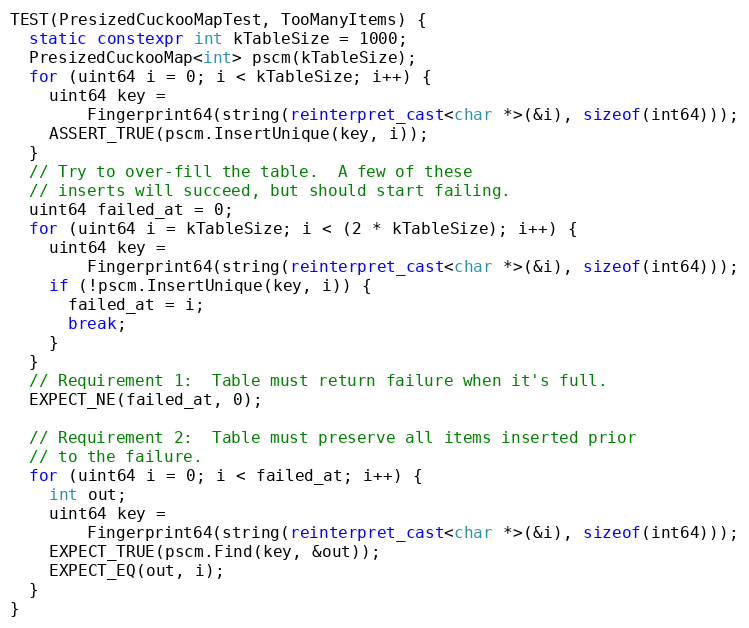
Language: C++
TEST(PresizedCuckooMapTest, TooManyItems) {
  static constexpr int kTableSize = 1000;
  PresizedCuckooMap<int> pscm(kTableSize);
  for (uint64 i = 0; i < kTableSize; i++) {
    uint64 key =
        Fingerprint64(string(reinterpret_cast<char *>(&i), sizeof(int64)));
    ASSERT_TRUE(pscm.InsertUnique(key, i));
  }
  // Try to over-fill the table.  A few of these
  // inserts will succeed, but should start failing.
  uint64 failed_at = 0;
  for (uint64 i = kTableSize; i < (2 * kTableSize); i++) {
    uint64 key =
        Fingerprint64(string(reinterpret_cast<char *>(&i), sizeof(int64)));
    if (!pscm.InsertUnique(key, i)) {
      failed_at = i;
      break;
    }
  }
  // Requirement 1:  Table must return failure when it's full.
  EXPECT_NE(failed_at, 0);

  // Requirement 2:  Table must preserve all items inserted prior
  // to the failure.
  for (uint64 i = 0; i < failed_at; i++) {
    int out;
    uint64 key =
        Fingerprint64(string(reinterpret_cast<char *>(&i), sizeof(int64)));
    EXPECT_TRUE(pscm.Find(key, &out));
    EXPECT_EQ(out, i);
  }
}